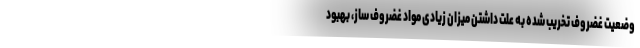
وضعیت غضروف تخریب شده به علت داشتن میزان زیادی مواد غضروف ساز، بهبود